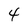
Character: 4